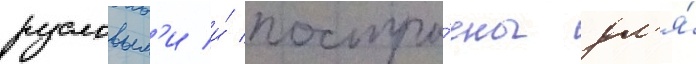
русловым'и и́ постро́ены дл'я́